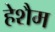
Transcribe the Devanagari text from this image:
हेशैम